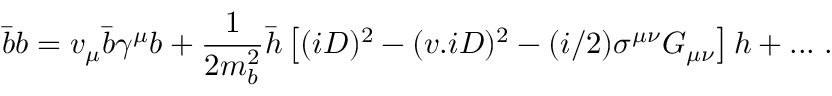
\bar { b } b = v _ { \mu } \bar { b } \gamma ^ { \mu } b + \frac { 1 } { 2 m _ { b } ^ { 2 } } \bar { h } \left[ ( i D ) ^ { 2 } - ( v . i D ) ^ { 2 } - ( i / 2 ) \sigma ^ { \mu \nu } G _ { \mu \nu } \right] h + . . . \; .